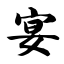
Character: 宴